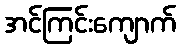
အင်ကြင်းကျောက်